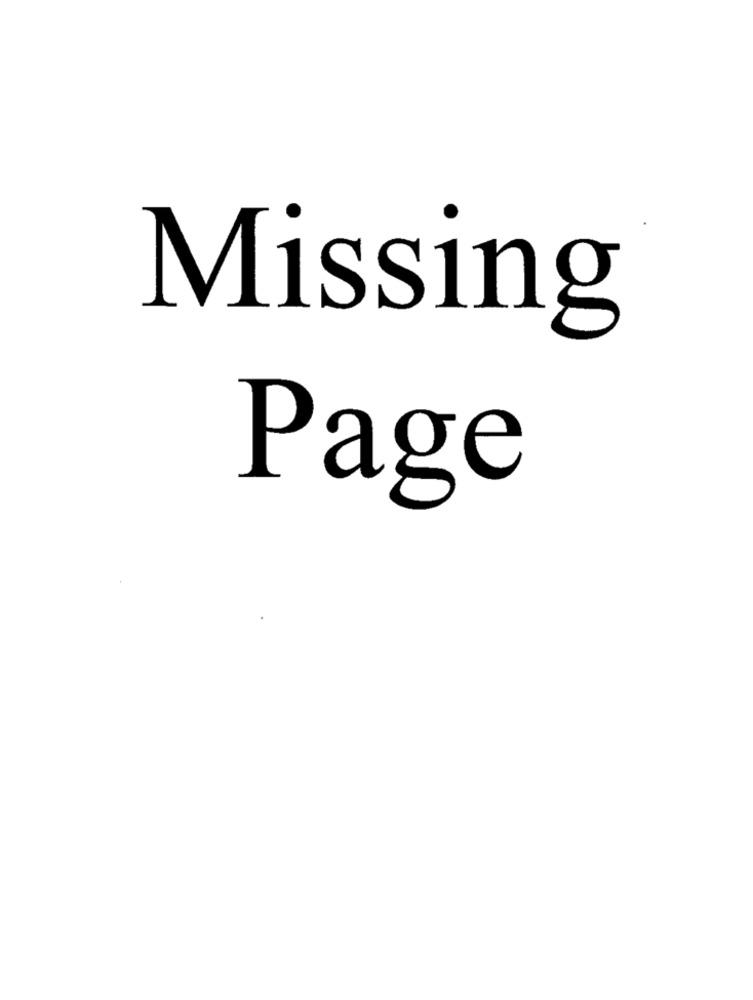
Missing
Page